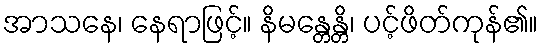
အာသနေ၊ နေရာဖြင့်။ နိမန္တေန္တိ၊ ပင့်ဖိတ်ကုန်၏။